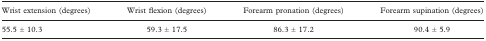
<table><thead><tr><td><b>Wrist extension (degrees)</b></td><td><b>Wrist flexion (degrees)</b></td><td><b>Forearm pronation (degrees)</b></td><td><b>Forearm supination (degrees)</b></td></tr></thead><tbody><tr><td>55.5 ± 10.3</td><td>59.3 ± 17.5</td><td>86.3 ± 17.2</td><td>90.4 ± 5.9</td></tr></tbody></table>